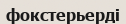
фокстерьерді